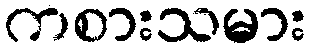
ကစားသမား